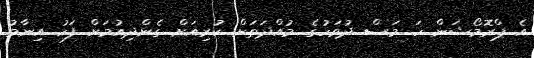
އެ ޕްރޮމޯޝަން ހަ މަސް ދުވަހުގެ މުއްދަތަށް ކުރިއަށް ގެންދިއުމަށް ފަހު އިނާމު